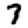
Digit: 7